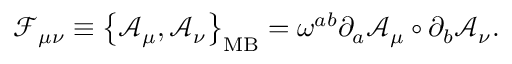
{ \mathcal { F } } _ { \mu \nu } \equiv \left\{ { \mathcal { A } } _ { \mu } , { \mathcal { A } } _ { \nu } \right\} _ { \mathrm { M B } } = \omega ^ { a b } \partial _ { a } { \mathcal { A } } _ { \mu } \circ \partial _ { b } { \mathcal { A } } _ { \nu } .